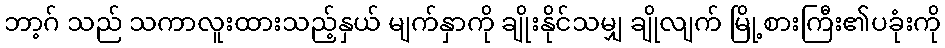
ဘာ့ဂ် သည် သကာလူးထားသည့်နှယ် မျက်နှာကို ချိုးနိုင်သမျှ ချိုလျက် မြို့စားကြီး၏ပခုံးကို